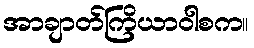
အာချာတ်ကြိယာဝါစက။